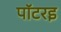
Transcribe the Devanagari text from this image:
पॉटरइ